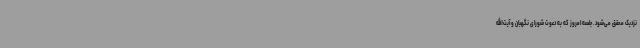
نزدیک محقق می‌شود. جلسه‌ امروز که به دعوت شورای نگهبان و آیت‌الله